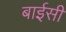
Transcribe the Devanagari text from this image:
बाईसी